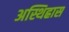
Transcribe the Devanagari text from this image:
अस्थिह्रास